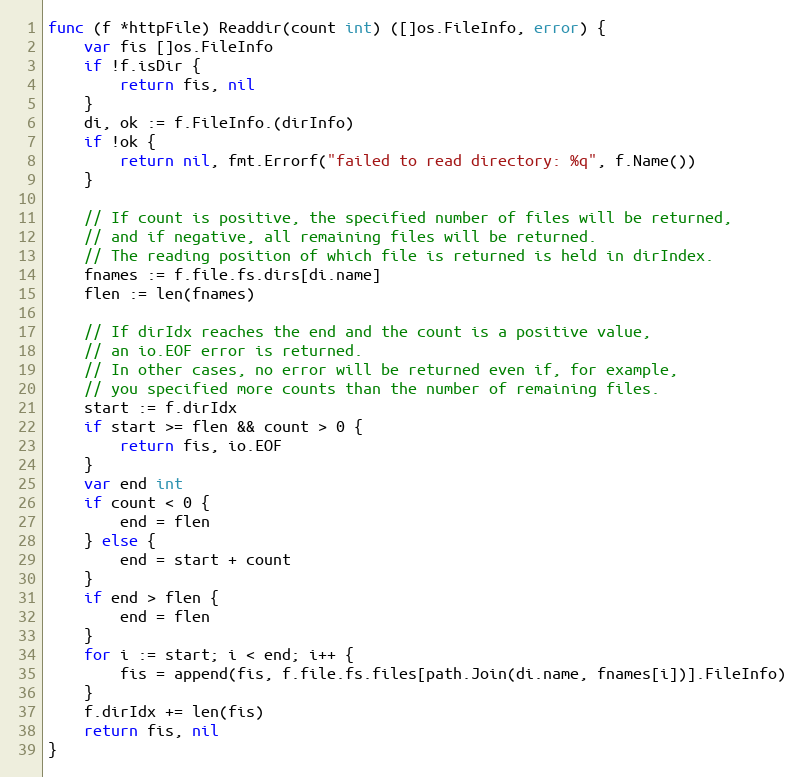
Language: Go
func (f *httpFile) Readdir(count int) ([]os.FileInfo, error) {
	var fis []os.FileInfo
	if !f.isDir {
		return fis, nil
	}
	di, ok := f.FileInfo.(dirInfo)
	if !ok {
		return nil, fmt.Errorf("failed to read directory: %q", f.Name())
	}

	// If count is positive, the specified number of files will be returned,
	// and if negative, all remaining files will be returned.
	// The reading position of which file is returned is held in dirIndex.
	fnames := f.file.fs.dirs[di.name]
	flen := len(fnames)

	// If dirIdx reaches the end and the count is a positive value,
	// an io.EOF error is returned.
	// In other cases, no error will be returned even if, for example,
	// you specified more counts than the number of remaining files.
	start := f.dirIdx
	if start >= flen && count > 0 {
		return fis, io.EOF
	}
	var end int
	if count < 0 {
		end = flen
	} else {
		end = start + count
	}
	if end > flen {
		end = flen
	}
	for i := start; i < end; i++ {
		fis = append(fis, f.file.fs.files[path.Join(di.name, fnames[i])].FileInfo)
	}
	f.dirIdx += len(fis)
	return fis, nil
}